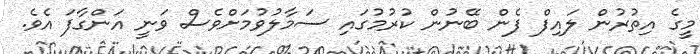
މީގެ އިތުރުން ލައިފް ފެން ބޭނުން ކުރުމުގައި ސަމާލުވުމަށްވެސް ވަނީ އަންގާފަ އެވެ.